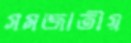
সমজাতীয়